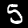
Digit: 5